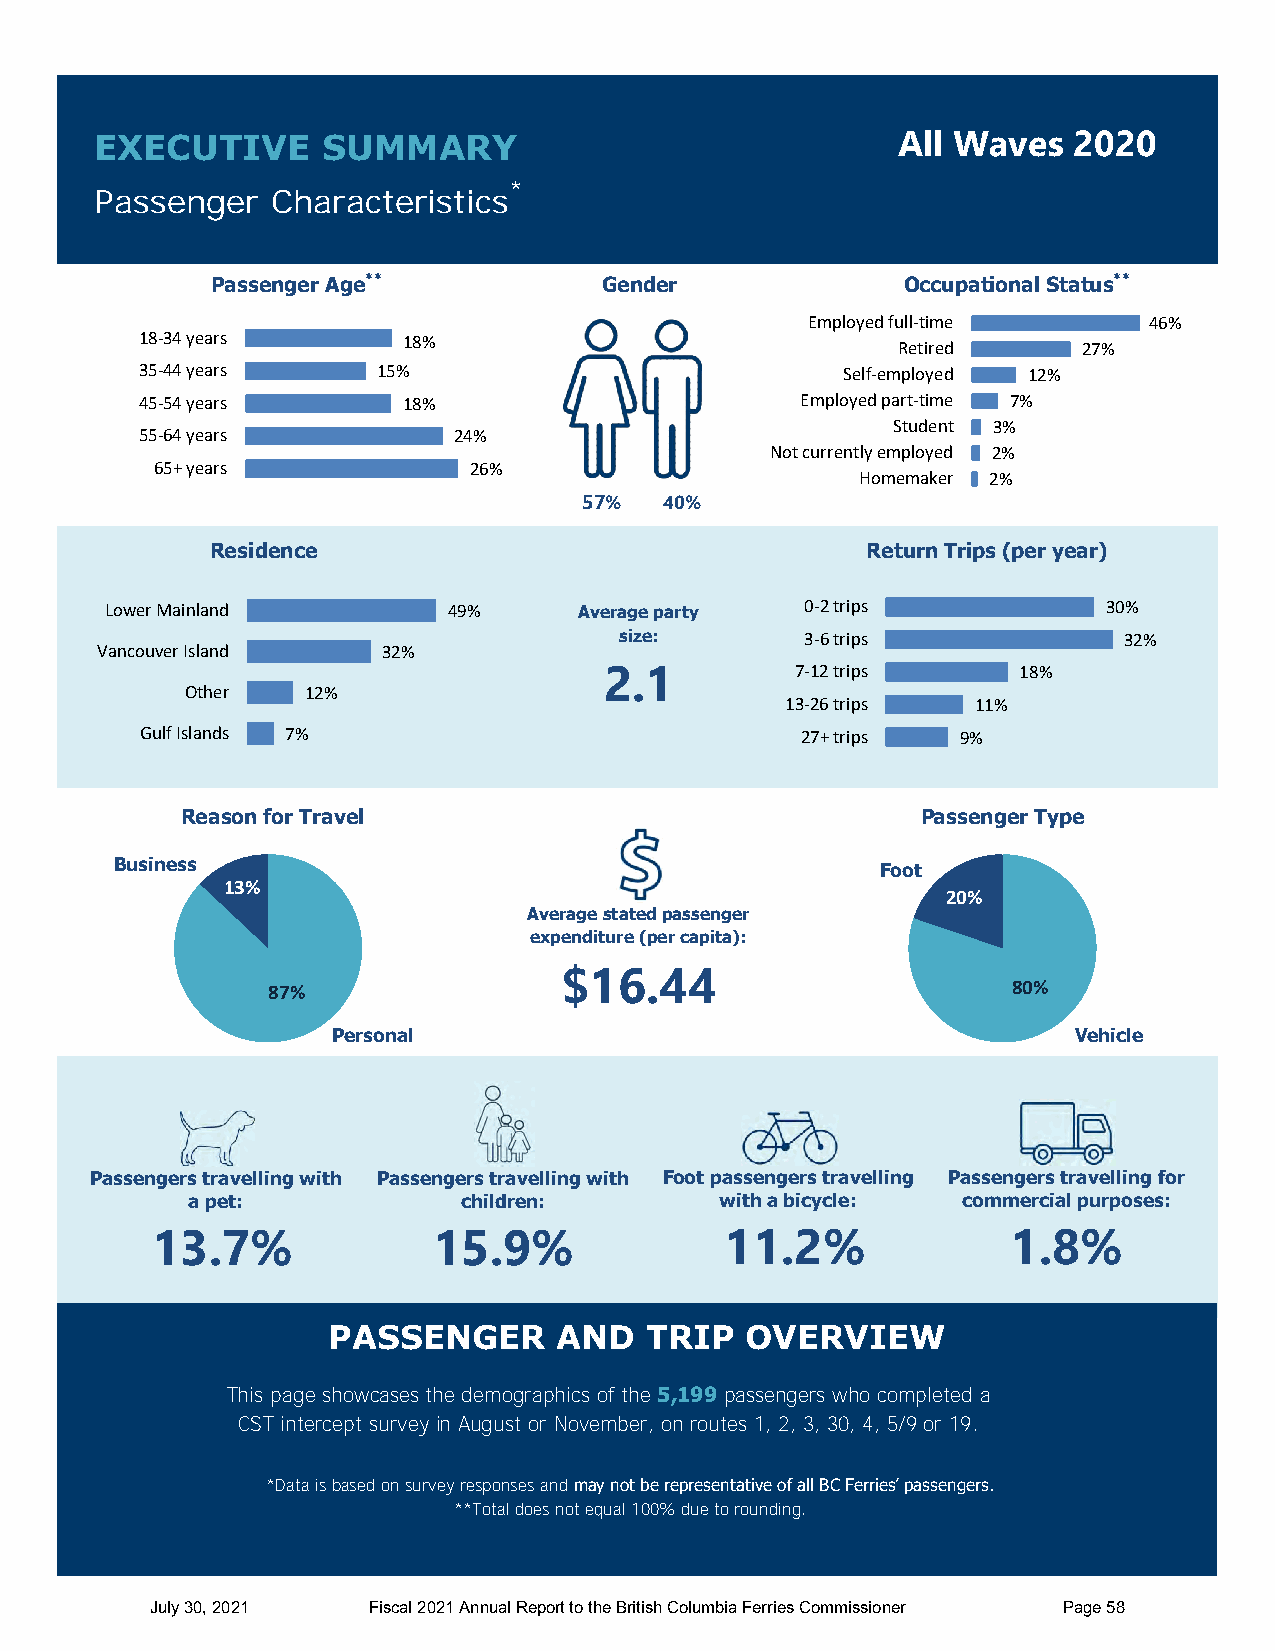
EXECUTIVE      SUMMARY                               All Waves   2020
 *
 Passenger   Characteristics
 Passenger Age**           Gender              Occupational Status**
 Employed full-time     46%
 18-34 years       18%                             Retired      27%
 35-44 years     15%                            Self-employed 12%
 45-54 years       18%                       Employed part-time 7%
 Student 3%
 55-64 years          24%
 Not currently employed 2%
 65+ years            26%
 Homemaker 2%
 57%  40%
 Residence                                  Return Trips (per year)
 Lower Mainland         49%     Average party  0-2 trips           30%
 size:       3-6 trips            32%
 Vancouver Is land  32%
 2.1          7-12 trips    18%
 Other   12%
 13-26 trips  11%
 Gulf Isla nds 7%                            27+ trips  9%
 Reason for Travel                                Passenger Type
 Business                                          Foot
 13%
 20%
 Average stated passenger
 expenditure (per capita):
 $16.44
 87%                                              80%
 Personal                                         Vehicle
 Passengers travelling with Passengers travelling with Foot passengers travelling Passengers travelling for
 a pet:             children:        with a bicycle: commercial purposes:
 13  .7%            15.9%              11.2%              1.8%
 PASSENGER      AND   TRIP  OVERVIEW
 This page showcases the demographics of the 5,199 passengers who completed a
 CST intercept survey in August or November, on routes 1, 2, 3, 30, 4, 5/9 or 19.
 *Data is based on survey responses and may not be representative of all BC Ferries’ passengers.
 **Total does not equal 100% due to rounding.
 July 30, 2021 Fiscal 2021 Annual Report to the British Columbia Ferries Commissioner Page 58